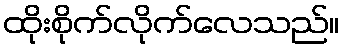
ထိုးစိုက်လိုက်လေသည်။